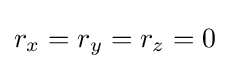
r_{x}=r_{y}=r_{z}=0